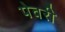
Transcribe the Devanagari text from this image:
पेवरी